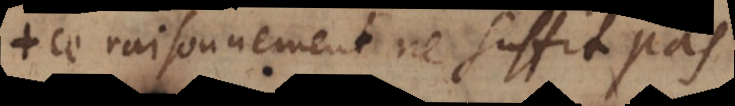
ce raisonnement ne suffit pas.